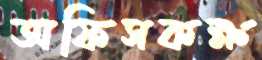
অফিসকক্ষ